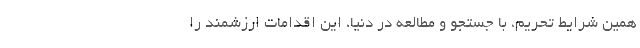
همین شرایط تحریم، با جستجو و مطالعه در دنیا، این اقدامات ارزشمند را